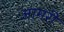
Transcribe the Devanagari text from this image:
आमरी